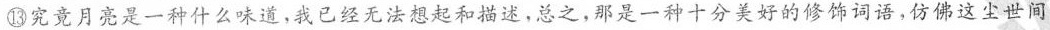
⑬究竟月亮是一种什么味道，我已经无法想起和描述，总之，那是一种十分美好的修饰词语，仿佛这尘世间